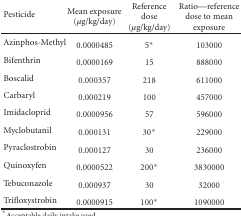
| Pesticide | Mean exposure (μg/kg/day) | Reference dose (μg/kg/day) | Ratio—reference dose to mean exposure |
 | --- | --- | --- | --- |
 | Azinphos-Methyl | 0.0000485 | 5* | 103000 |
 | Bifenthrin | 0.0000169 | 15 | 888000 |
 | Boscalid | 0.000357 | 218 | 611000 |
 | Carbaryl | 0.000219 | 100 | 457000 |
 | Imidacloprid | 0.0000956 | 57 | 596000 |
 | Myclobutanil | 0.000131 | 30* | 229000 |
 | Pyraclostrobin | 0.000127 | 30 | 236000 |
 | Quinoxyfen | 0.0000522 | 200* | 3830000 |
 | Tebuconazole | 0.000937 | 30 | 32000 |
 | Trifloxystrobin | 0.0000915 | 100* | 1090000 |